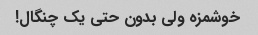
خوشمزه ولی بدون حتی یک چنگال!